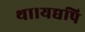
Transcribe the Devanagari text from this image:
था।यद्यपि